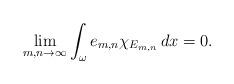
LaTeX: \begin{align*}\lim_{m,n\to\infty} \int_\omega e_{m,n} \chi_{E_{m,n}} \,dx = 0.\end{align*}